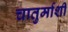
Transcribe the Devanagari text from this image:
चातुर्माशी